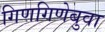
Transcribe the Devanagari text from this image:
गिणगिणेबुवा